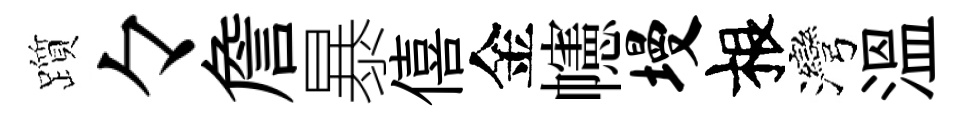
躓々詹暴僖金幰墁根灣溫